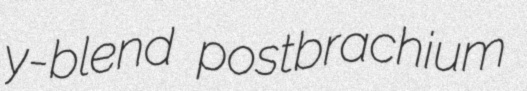
y-blend postbrachium